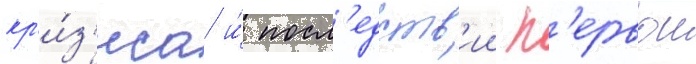
кр'и́з'иса и́ посл'едств'ии п'ервои